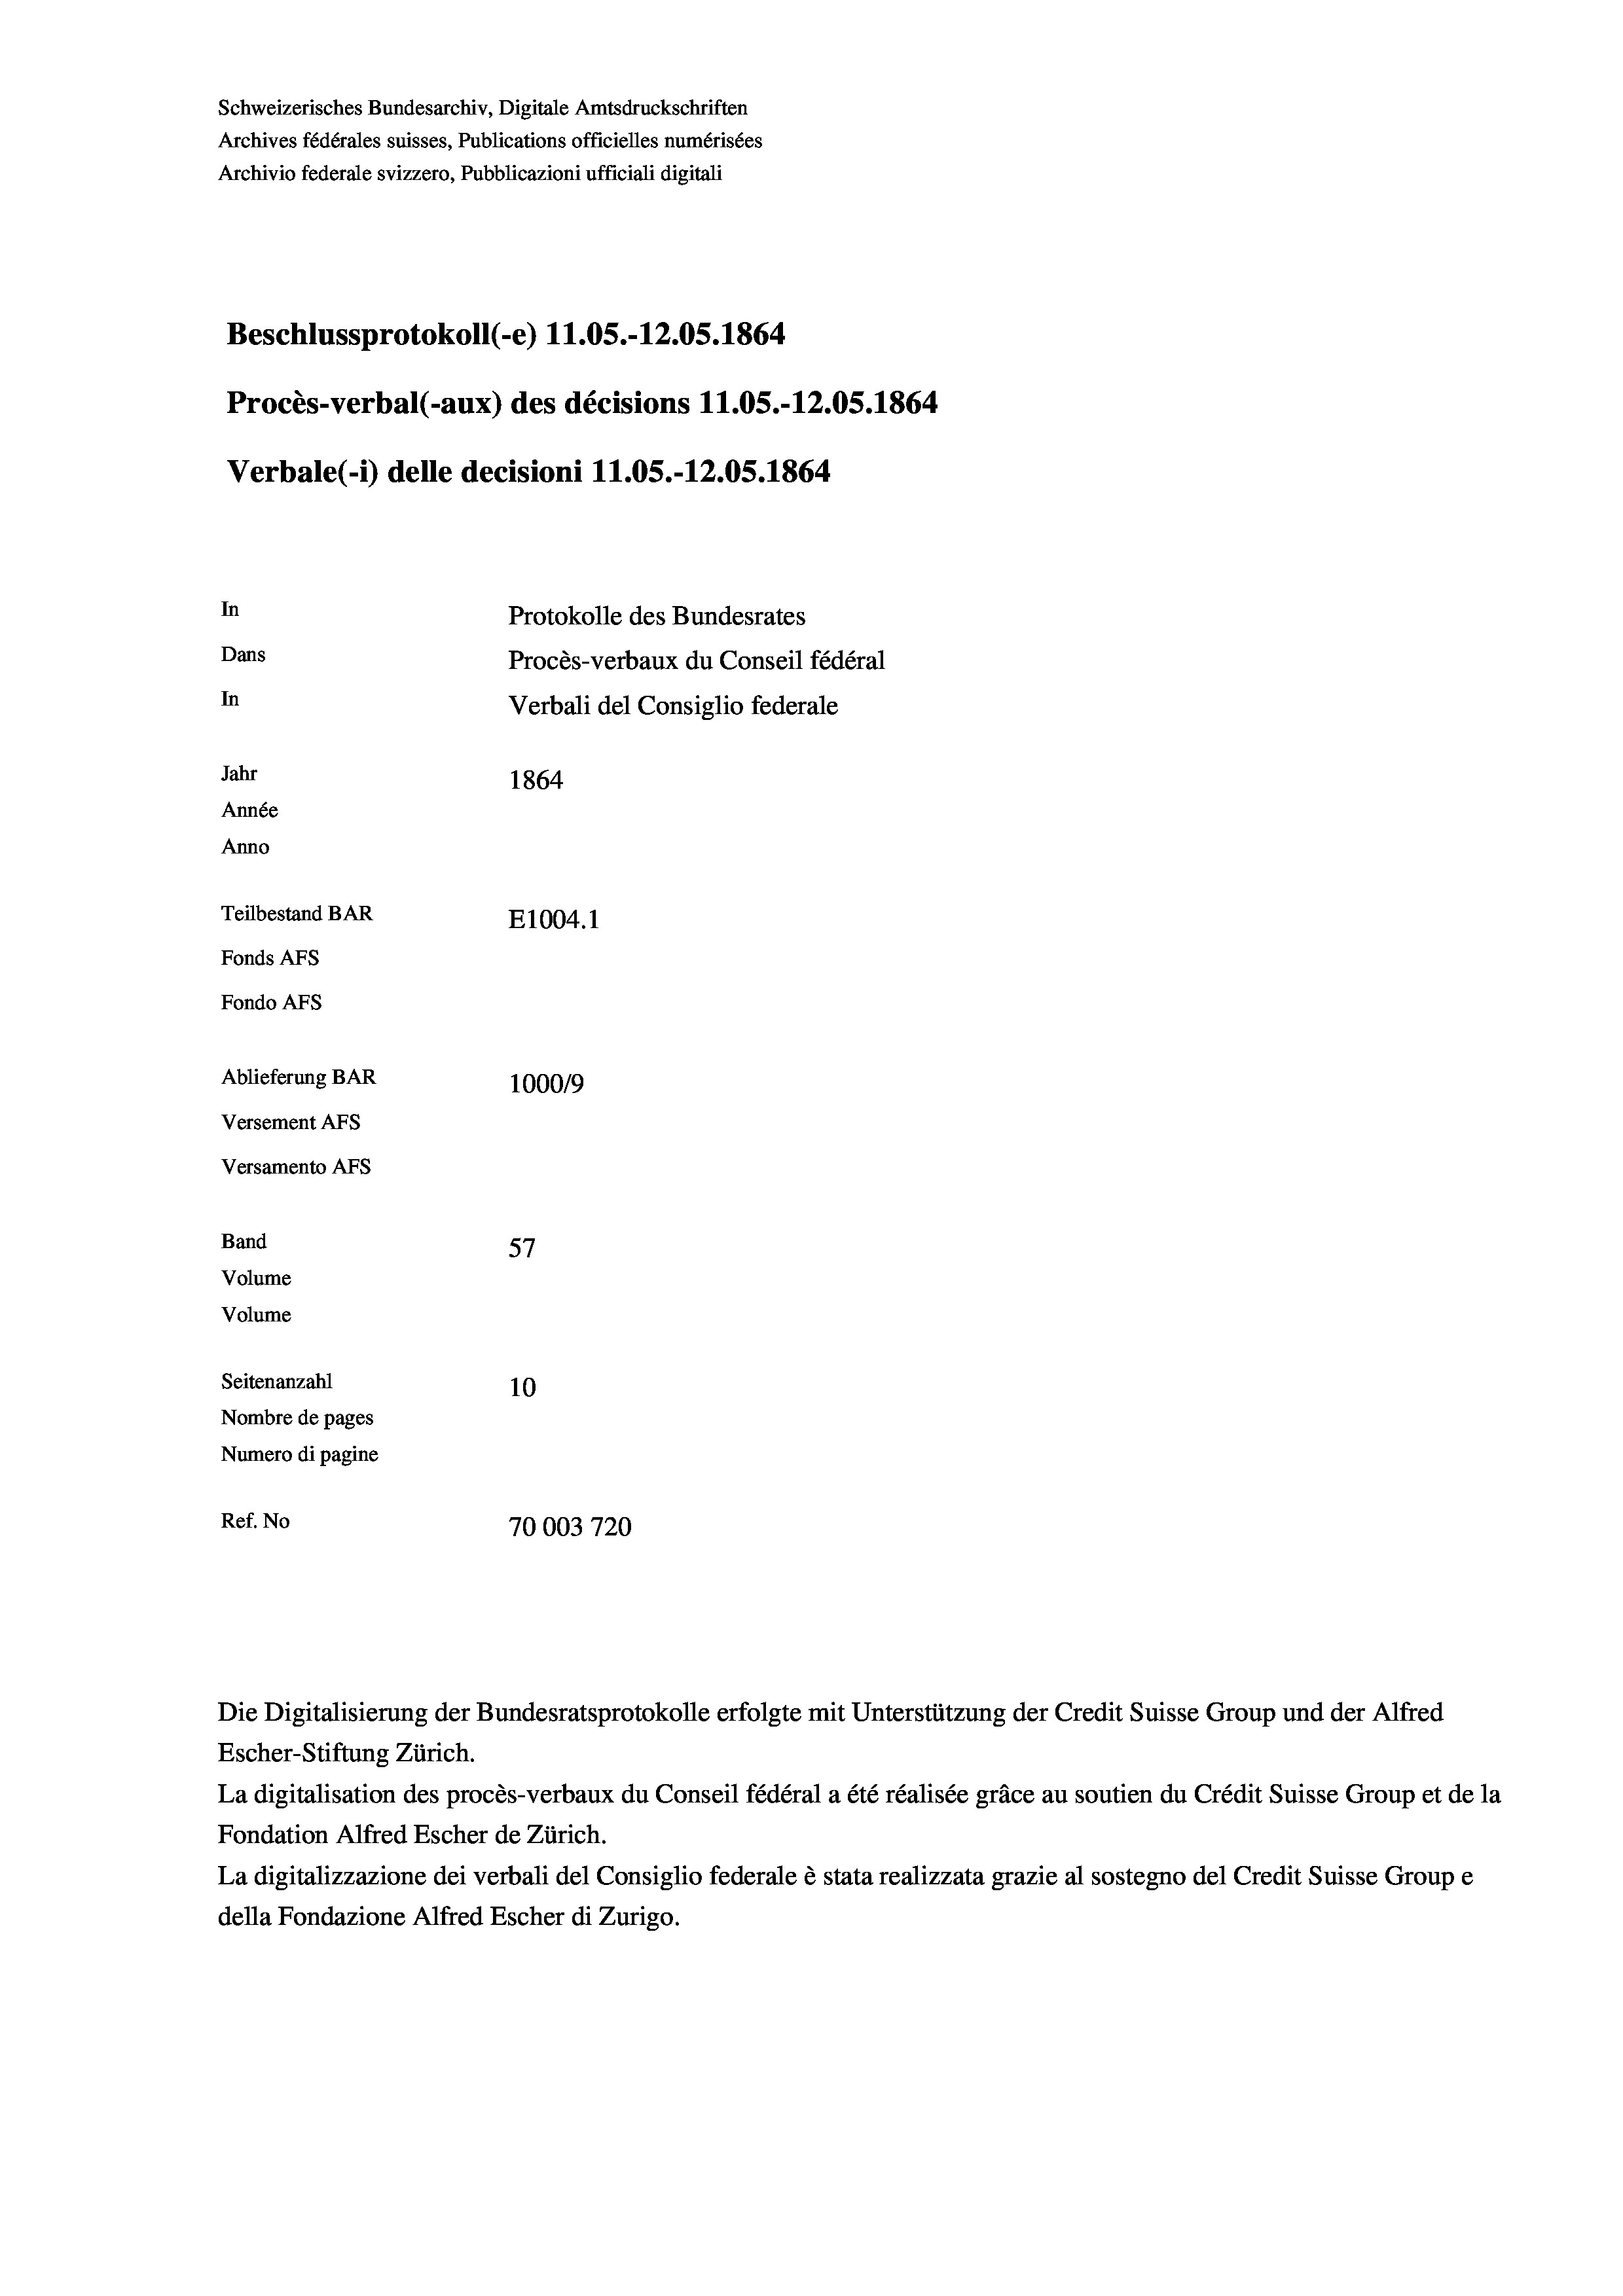
Schweizerisches Bundesarchiv, Digitale Amtsdruckschriften
Archives fédérales suisses, Publications officielles numérisées
Archivio federale svizzero, Pubblicazioni ufficiali digitali
Beschlussprotokoll (-e) 11.05.-12.05. 1864
Procès-verbal (-aux) des décisions 11.05.-12.05. 1864
Verbale (- 1) delle decisioni 11.05.-12.05. 1864
In
Protokolle des Bundesrates
Dans
Procès-verbaux du Conseil fédéral
In
Verbali del Consiglio federale
Jahr
1864
Année
Anno
Teilbestand BAR
E1004.1
Fonds AFs
Fondo Afs
Ablieferung BAR
100019
Versement AFs
Versamento AFs
Band
4
57
Volume
Volume
Seitenanzahl
10
Nombre de pages
Numero di pagine
Ref. No
70003720

Escher-Stiftung Zürich.
La digitalisation des procès-verbaux du Conseil fédéral a été réalisée gräce au soutien du Crédit Suisse Group et de la
Fondation Alfred Escher de Zürich.
La digitalizzazione dei verbali del Consiglio federale è stata realizzata grazie al sostegno del Credit Suisse Groupe
della Fondazione Alfred Escher di Zurigo.

Die Digitalisierung der Bundesratsprotokolle erfolgte mit Unterstützung der Credit Suisse Group und der Alfred